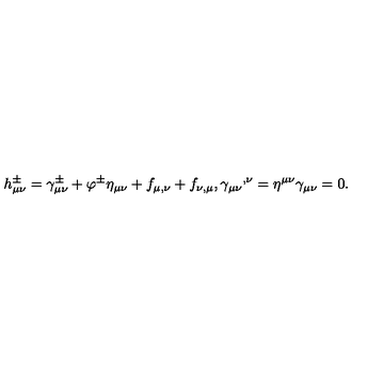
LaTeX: h _ { \mu \nu } ^ { \pm } = \gamma _ { \mu \nu } ^ { \pm } + \varphi ^ { \pm } \eta _ { \mu \nu } + f _ { \mu , \nu } + f _ { \nu , \mu } , { \gamma _ { \mu \nu } } ^ { , \nu } = \eta ^ { \mu \nu } \gamma _ { \mu \nu } = 0 .